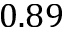
0 . 8 9